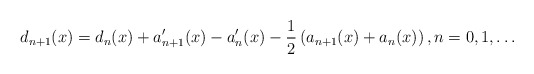
\begin{align*}d_{n+1}(x)=d_{n}(x)+a_{n+1}^{\prime}(x)-a_{n}^{\prime}(x)-\frac{1}{2}\left(a_{n+1}(x)+a_{n}(x)\right) ,n=0,1,\ldots\end{align*}